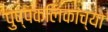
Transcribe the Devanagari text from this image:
पुष्पकलिकांच्या